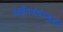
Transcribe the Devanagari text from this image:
महोत्सवामुळे